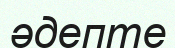
әдепте